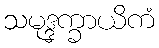
သမုဒ္ဒက္ခာယိကံ